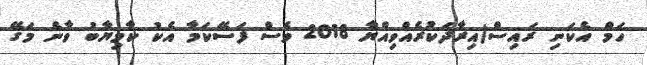
ހަމް އެކަނި ރައިސް(އިރާދަކުރެއްވިއްޔާ 2018 ވެސް ފަސޭކަމާ އެކު ކާމިޔާބު ވާނެ މަގޭ